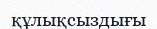
құлықсыздығы